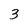
Character: 3